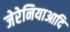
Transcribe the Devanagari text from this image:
जेरेनियाआदि